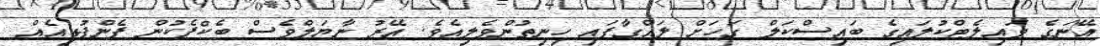
އޭނަގެ ވައިލެޓްކުލައިގެ ބައިސްކަލް ގަހަށް ލައްގާފައި ހިނިތުންވެލިއެވެ. އޭރު ނާޔަލްވެސް ބެކްޕެކުން ފެންފުޅިއެއް